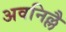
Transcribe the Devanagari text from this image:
अवनिल्लै